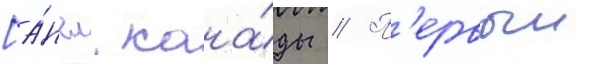
[а́нгл. кана́ды // П'ервыи